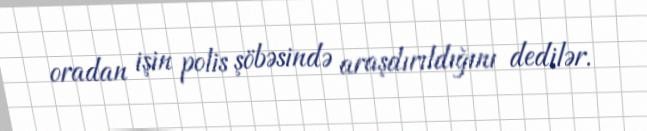
oradan işin polis şöbəsində araşdırıldığını dedilər.